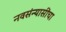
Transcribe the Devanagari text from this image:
नवसंन्यासींचा